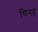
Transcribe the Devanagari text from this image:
चिनह